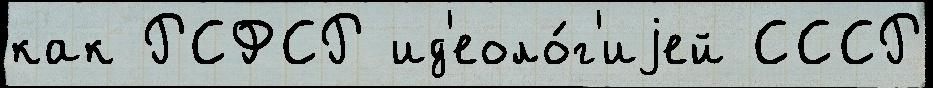
как РСФСР ид'еоло́г'иjей СССР